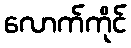
လောက်ကိုင်